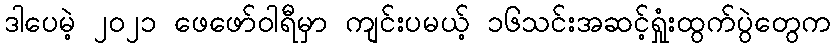
ဒါပေမဲ့ ၂၀၂၁ ဖေဖော်ဝါရီမှာ ကျင်းပမယ့် ၁၆သင်းအဆင့်ရှုံးထွက်ပွဲတွေက